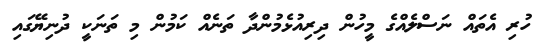
ހުރި އެތައް ނަސްލެއްގެ މީހުން ދިރިއުޅެމުންދާ ތަނެއް ކަމުން މި ތަނަކީ ދުނިޔޭގައި